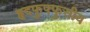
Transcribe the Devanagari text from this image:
हृदफुफ्फुसीय